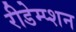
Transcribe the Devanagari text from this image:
रीडेम्प्शन